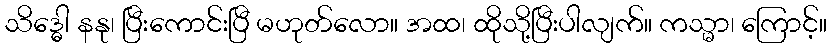
သိဒ္ဓေါ နနု၊ ပြီးကောင်းပြီ မဟုတ်လော။ အထ၊ ထိုသို့ပြီးပါလျက်။ ကသ္မာ၊ ကြောင့်။